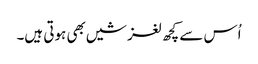
اُس سے کچھ لغزشیں بھی ہوتی ہیں۔